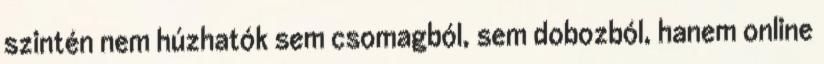
szintén nem húzhatók sem csomagból, sem dobozból, hanem online